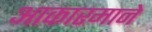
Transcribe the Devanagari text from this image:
आकारमाने